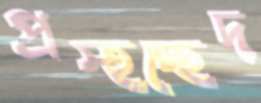
প্রস্হচ্ছেদ